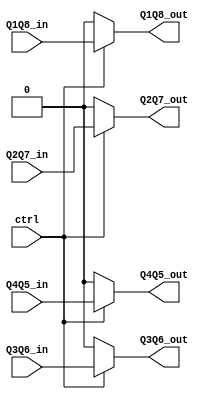
// Q_SW.v

module Q_SW(
            ctrl,
            Q1Q8_in,
            Q1Q8_out,
            Q2Q7_in,
            Q2Q7_out,
            Q3Q6_in,
            Q3Q6_out,
            Q4Q5_in,
            Q4Q5_out 
            );
input  ctrl;

input  Q1Q8_in;
output Q1Q8_out;

input  Q2Q7_in;
output Q2Q7_out;

input  Q3Q6_in;
output Q3Q6_out;

input  Q4Q5_in;
output Q4Q5_out;

assign Q1Q8_out  = (ctrl)? Q1Q8_in  : 0;
assign Q2Q7_out  = (ctrl)? Q2Q7_in  : 0;
assign Q3Q6_out  = (ctrl)? Q3Q6_in  : 0;
assign Q4Q5_out  = (ctrl)? Q4Q5_in  : 0;

endmodule